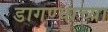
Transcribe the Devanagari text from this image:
डागण्याच्या